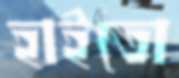
হাইতো